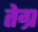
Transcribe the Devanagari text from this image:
तेग्र